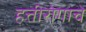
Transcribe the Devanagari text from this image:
हत्तीरोगाचे